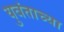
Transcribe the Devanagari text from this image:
युवंताच्या